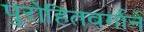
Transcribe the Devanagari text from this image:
पुरोहितवर्गाने